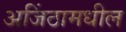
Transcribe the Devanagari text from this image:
अजिंठामधील